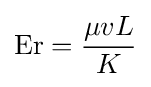
\mathrm {Er} ={\frac {\mu vL}{K}}